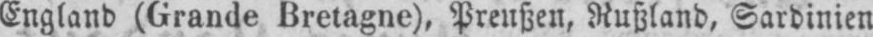
England (Grande Bretagne), Preußen, Rußland, Sardinien